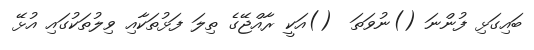
ބައިގަޅި ފުންނަ ()ނުވަތަ  ()އަކީ ރާއްޖޭގެ ތިލަ ފަޅުތަކާއި ވިލުތަކުގައި އުޅޭ